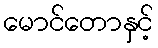
မောင်တောနှင့်